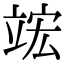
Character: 竤